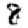
Digit: 8